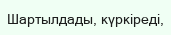
Шартылдады, күркіреді,